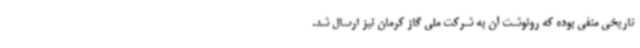
تاریخی منفی بوده که رونوشت آن به شرکت ملی گاز کرمان نیز ارسال شد.